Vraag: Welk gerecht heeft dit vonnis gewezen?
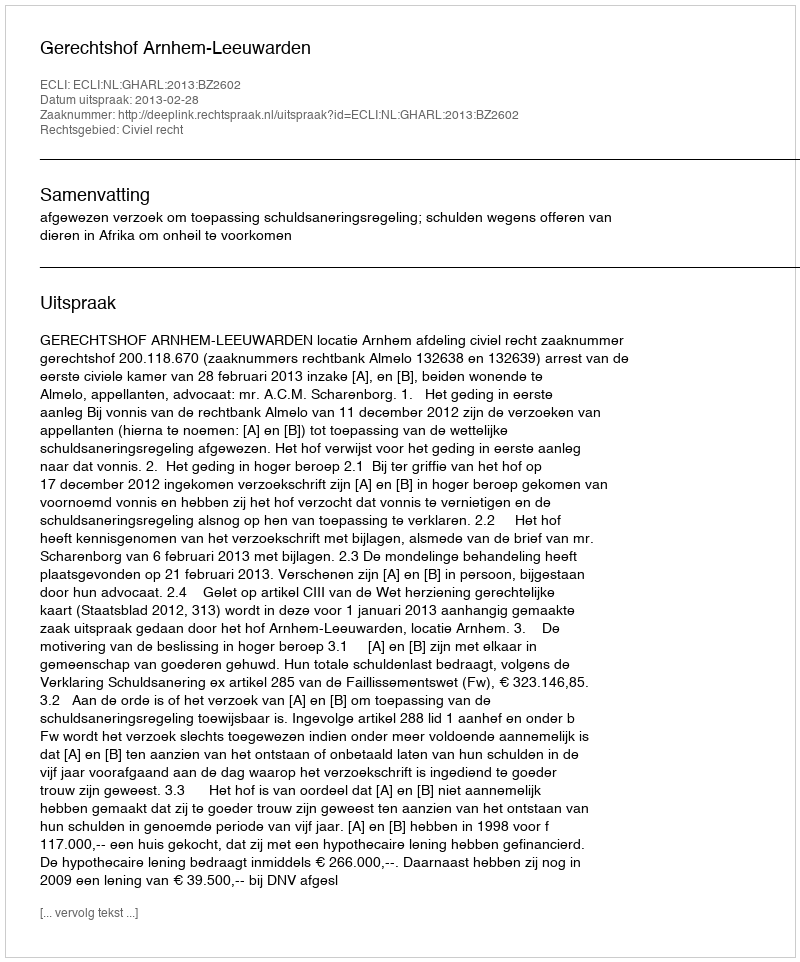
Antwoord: Gerechtshof Arnhem-Leeuwarden